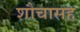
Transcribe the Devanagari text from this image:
शौचासह